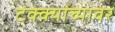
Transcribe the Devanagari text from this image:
टक्‍क्‍यांच्यावर